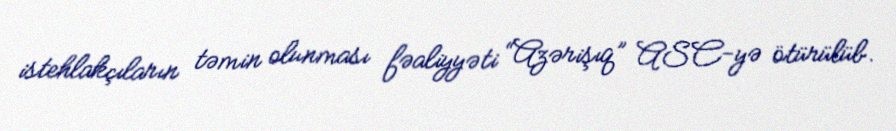
istehlakçıların təmin olunması fəaliyyəti “Azərişıq” ASC-yə ötürülüb.